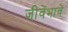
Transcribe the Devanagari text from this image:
जीवेंभावें